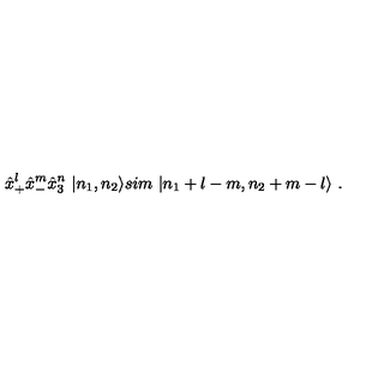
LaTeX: { \hat { x } } _ { + } ^ { l } { \hat { x } } _ { - } ^ { m } { \hat { x } } _ { 3 } ^ { n } \ | n _ { 1 } , n _ { 2 } \rangle s i m \ | n _ { 1 } + l - m , n _ { 2 } + m - l \rangle \ .